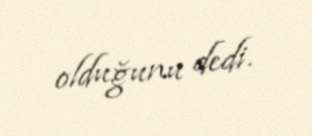
olduğunu dedi.